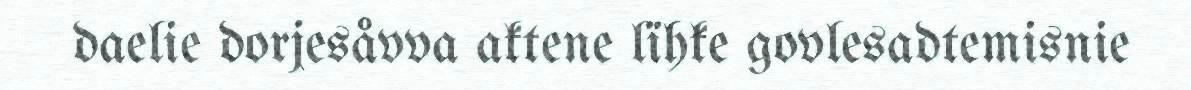
daelie dorjesåvva aktene lïhke govlesadtemisnie